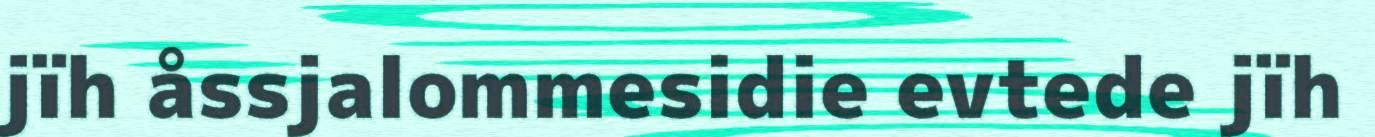
jïh åssjalommesidie evtede jïh